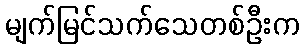
မျက်မြင်သက်သေတစ်ဦးက